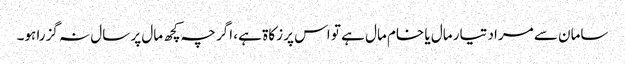
سامان سے مراد تیار مال یا خام مال ہے تو اس پر زکاۃ ہے، اگر چہ کچھ مال پر سال نہ گزرا ہو۔